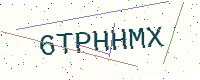
Text: 6TPHHMX